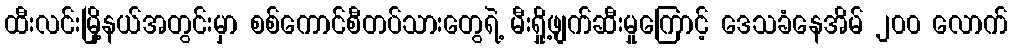
ထီးလင်းမြို့နယ်အတွင်းမှာ စစ်ကောင်စီတပ်သားတွေရဲ့ မီးရှို့ဖျက်ဆီးမှုကြောင့် ဒေသခံနေအိမ် ၂၀၀ လောက်